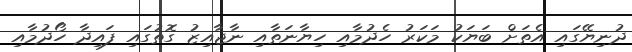
ދުނިޔޭގައި އެތަށް ބަޔަކު މަކަރު ހެދުމާއި ހިޔާނަތާއި ނާޖާއިޒު ގޮތުގައި ފައިދާ ހޯދުމާއި